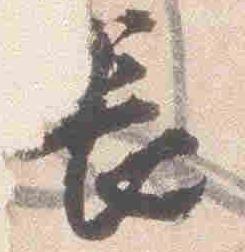
長